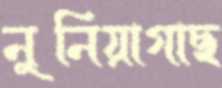
নুনিয়াগাছ